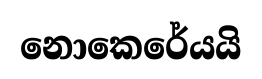
නොකෙරේයයි